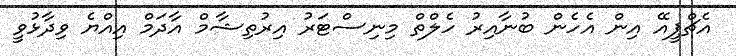
އެޗްޕީއޭ އިން އެހެން ބުނާއިރު ހެލްތް މިނިސްޓަރު އިރުތިޝާމް އާދަމް އިއްޔެ ވިދާޅުވީ